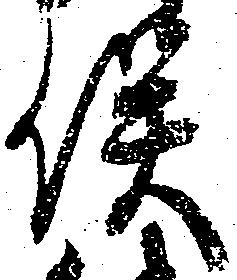
俣